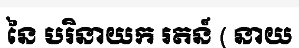
នៃ បរិនាយក រតន៍ ( នាយ